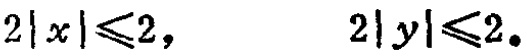
\(2|x|\leqslant2,\quad 2|y|\leqslant2\)